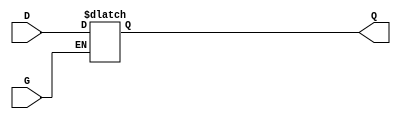
module gated_transparent_latch (
    input wire D,      // Data input
    input wire G,      // Enable signal
    output reg Q       // Output
);

    always @(*) begin
        if (G) begin
            Q = D;      // When G is high, Q follows D
        end else begin
            // When G is low, Q holds its last value
            Q = Q;      // Retain the last value of Q
        end
    end

endmodule